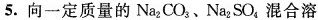
5. 向一定质量的Na_{2}CO_{3}、Na_{2}SO_{4}，混合溶